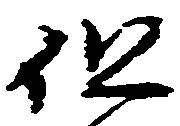
但